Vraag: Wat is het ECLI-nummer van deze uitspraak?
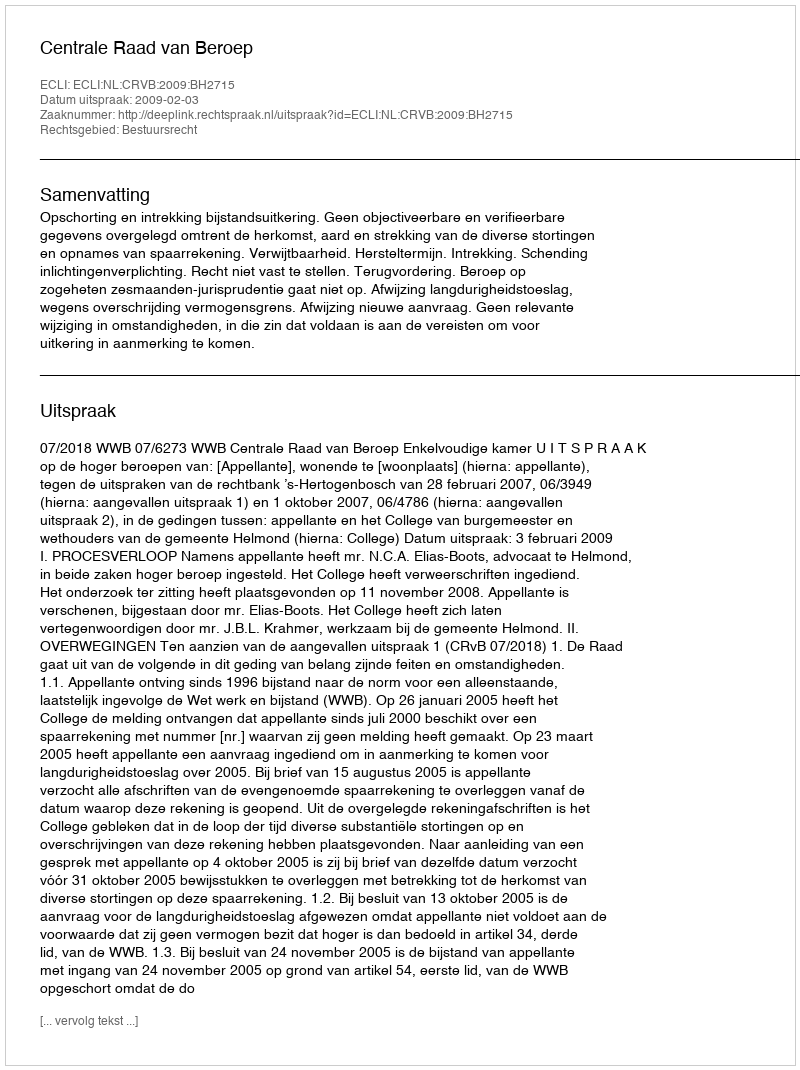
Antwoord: ECLI:NL:CRVB:2009:BH2715